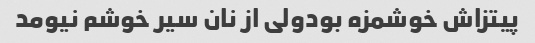
پیتزاش خوشمزه بودولی از نان سیر خوشم نیومد